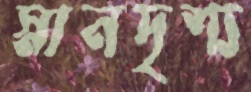
স্নানদৃশ্য